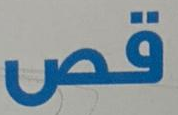
قص